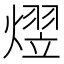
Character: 熤